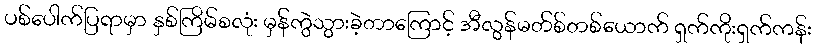
ပစ်ပေါက်ပြရာမှာ နှစ်ကြိမ်စလုံး မှန်ကွဲသွားခဲ့တာကြောင့် အီလွန်မတ်စ်တစ်ယောက် ရှက်ကိုးရှက်ကန်း